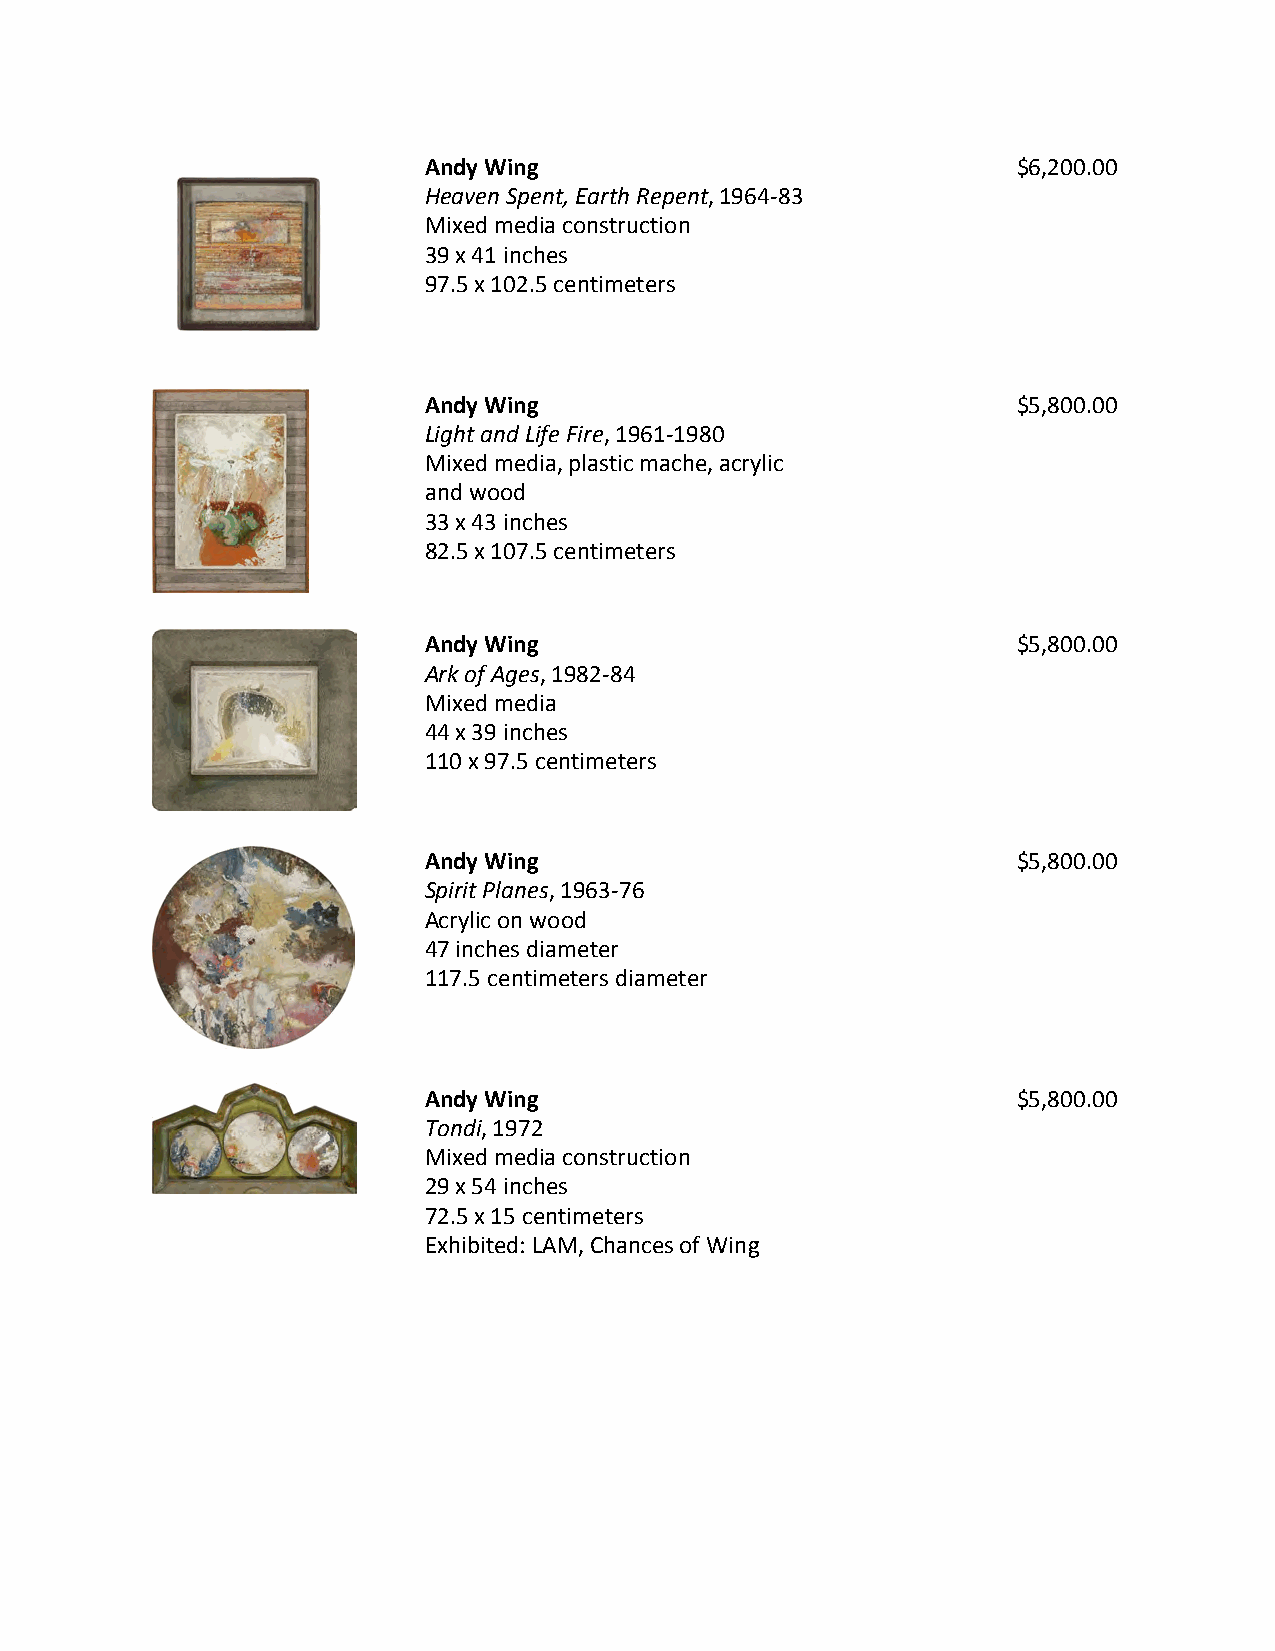
Andy Wing_                             $6,200.00
 Heaven Spent, Earth Repent, 1964-83
 Mixed media construction
 39 x 41 inches
 97.5 x 102.5 centimeters
 XXX
 Andy Wing_                             $5,800.00
 Light and Life Fire, 1961-1980
 Mixed media, plastic mache, acrylic
 and wood
 33 x 43 inches
 82.5 x 107.5 centimeters
 XXX
 Andy Wing_                             $5,800.00
 Ark of Ages, 1982-84
 Mixed media
 44 x 39 inches
 110 x 97.5 centimeters
 XXX
 Andy Wing_                             $5,800.00
 Spirit Planes, 1963-76
 Acrylic on wood
 47 inches diameter
 117.5 centimeters diameter
 XXX
 Andy Wing_                             $5,800.00
 Tondi, 1972
 Mixed media construction
 29 x 54 inches
 72.5 x 15 centimeters
 Exhibited: LAM, Chances of Wing
 XXX